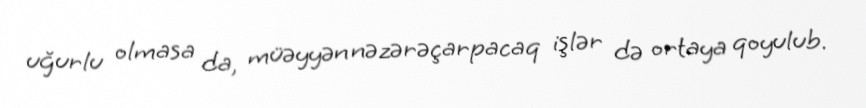
uğurlu olmasa da, müəyyən nəzərəçarpacaq işlər də ortaya qoyulub.